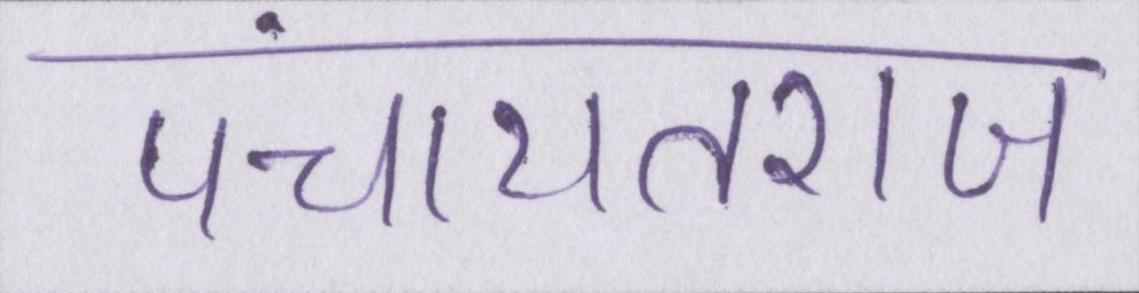
पंचायतराज